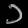
Digit: ၁